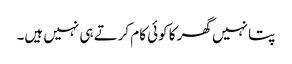
پتا نہیں گھر کا کوئی کام کرتے ہی نہیں ہیں۔